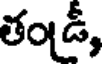
తండీ,